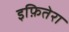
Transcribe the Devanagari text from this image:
इफ़ितेरा